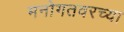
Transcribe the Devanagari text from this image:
मनोगतवरच्या